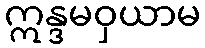
ဣန္ဒမဝှယာမ